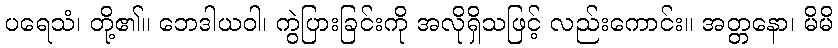
ပရေသံ၊ တို့၏။ ဘေဒါယဝါ၊ ကွဲပြားခြင်းကို အလိုရှိသဖြင့် လည်းကောင်း။ အတ္တနော၊ မိမိ